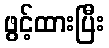
ဖွင့်ထားပြီး